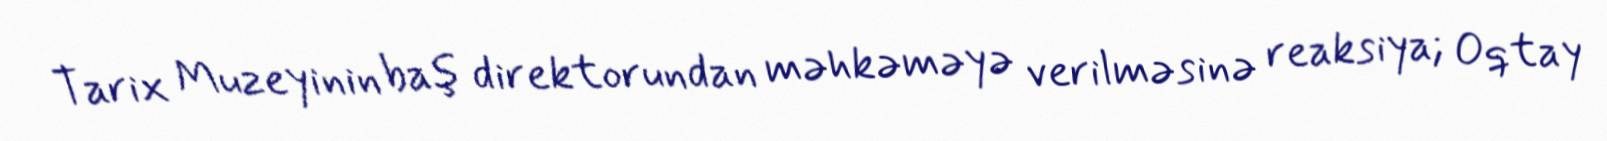
Tarix Muzeyinin baş direktorundan məhkəməyə verilməsinə reaksiya; Oqtay